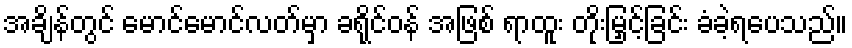
အချိန်တွင် မောင်မောင်လတ်မှာ ခရိုင်ဝန် အဖြစ် ရာထူး တိုးမြှင့်ခြင်း ခံခဲ့ရပေသည်။